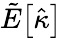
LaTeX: \tilde{E}\big[\hat{\kappa}\big]